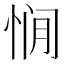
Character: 𰑥